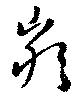
厳